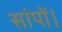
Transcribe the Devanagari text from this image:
सांपों।